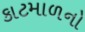
કાટમાળનો